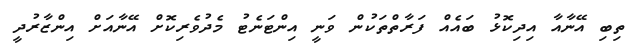
ތިބި އޭނާއާ އިދިކޮޅު ބައެއް ފަރާތްތަކުން ވަނީ އިންޓަނެޓު މެދުވެރިކޮށް އޭނާއަށް އިންޒާރުދީ